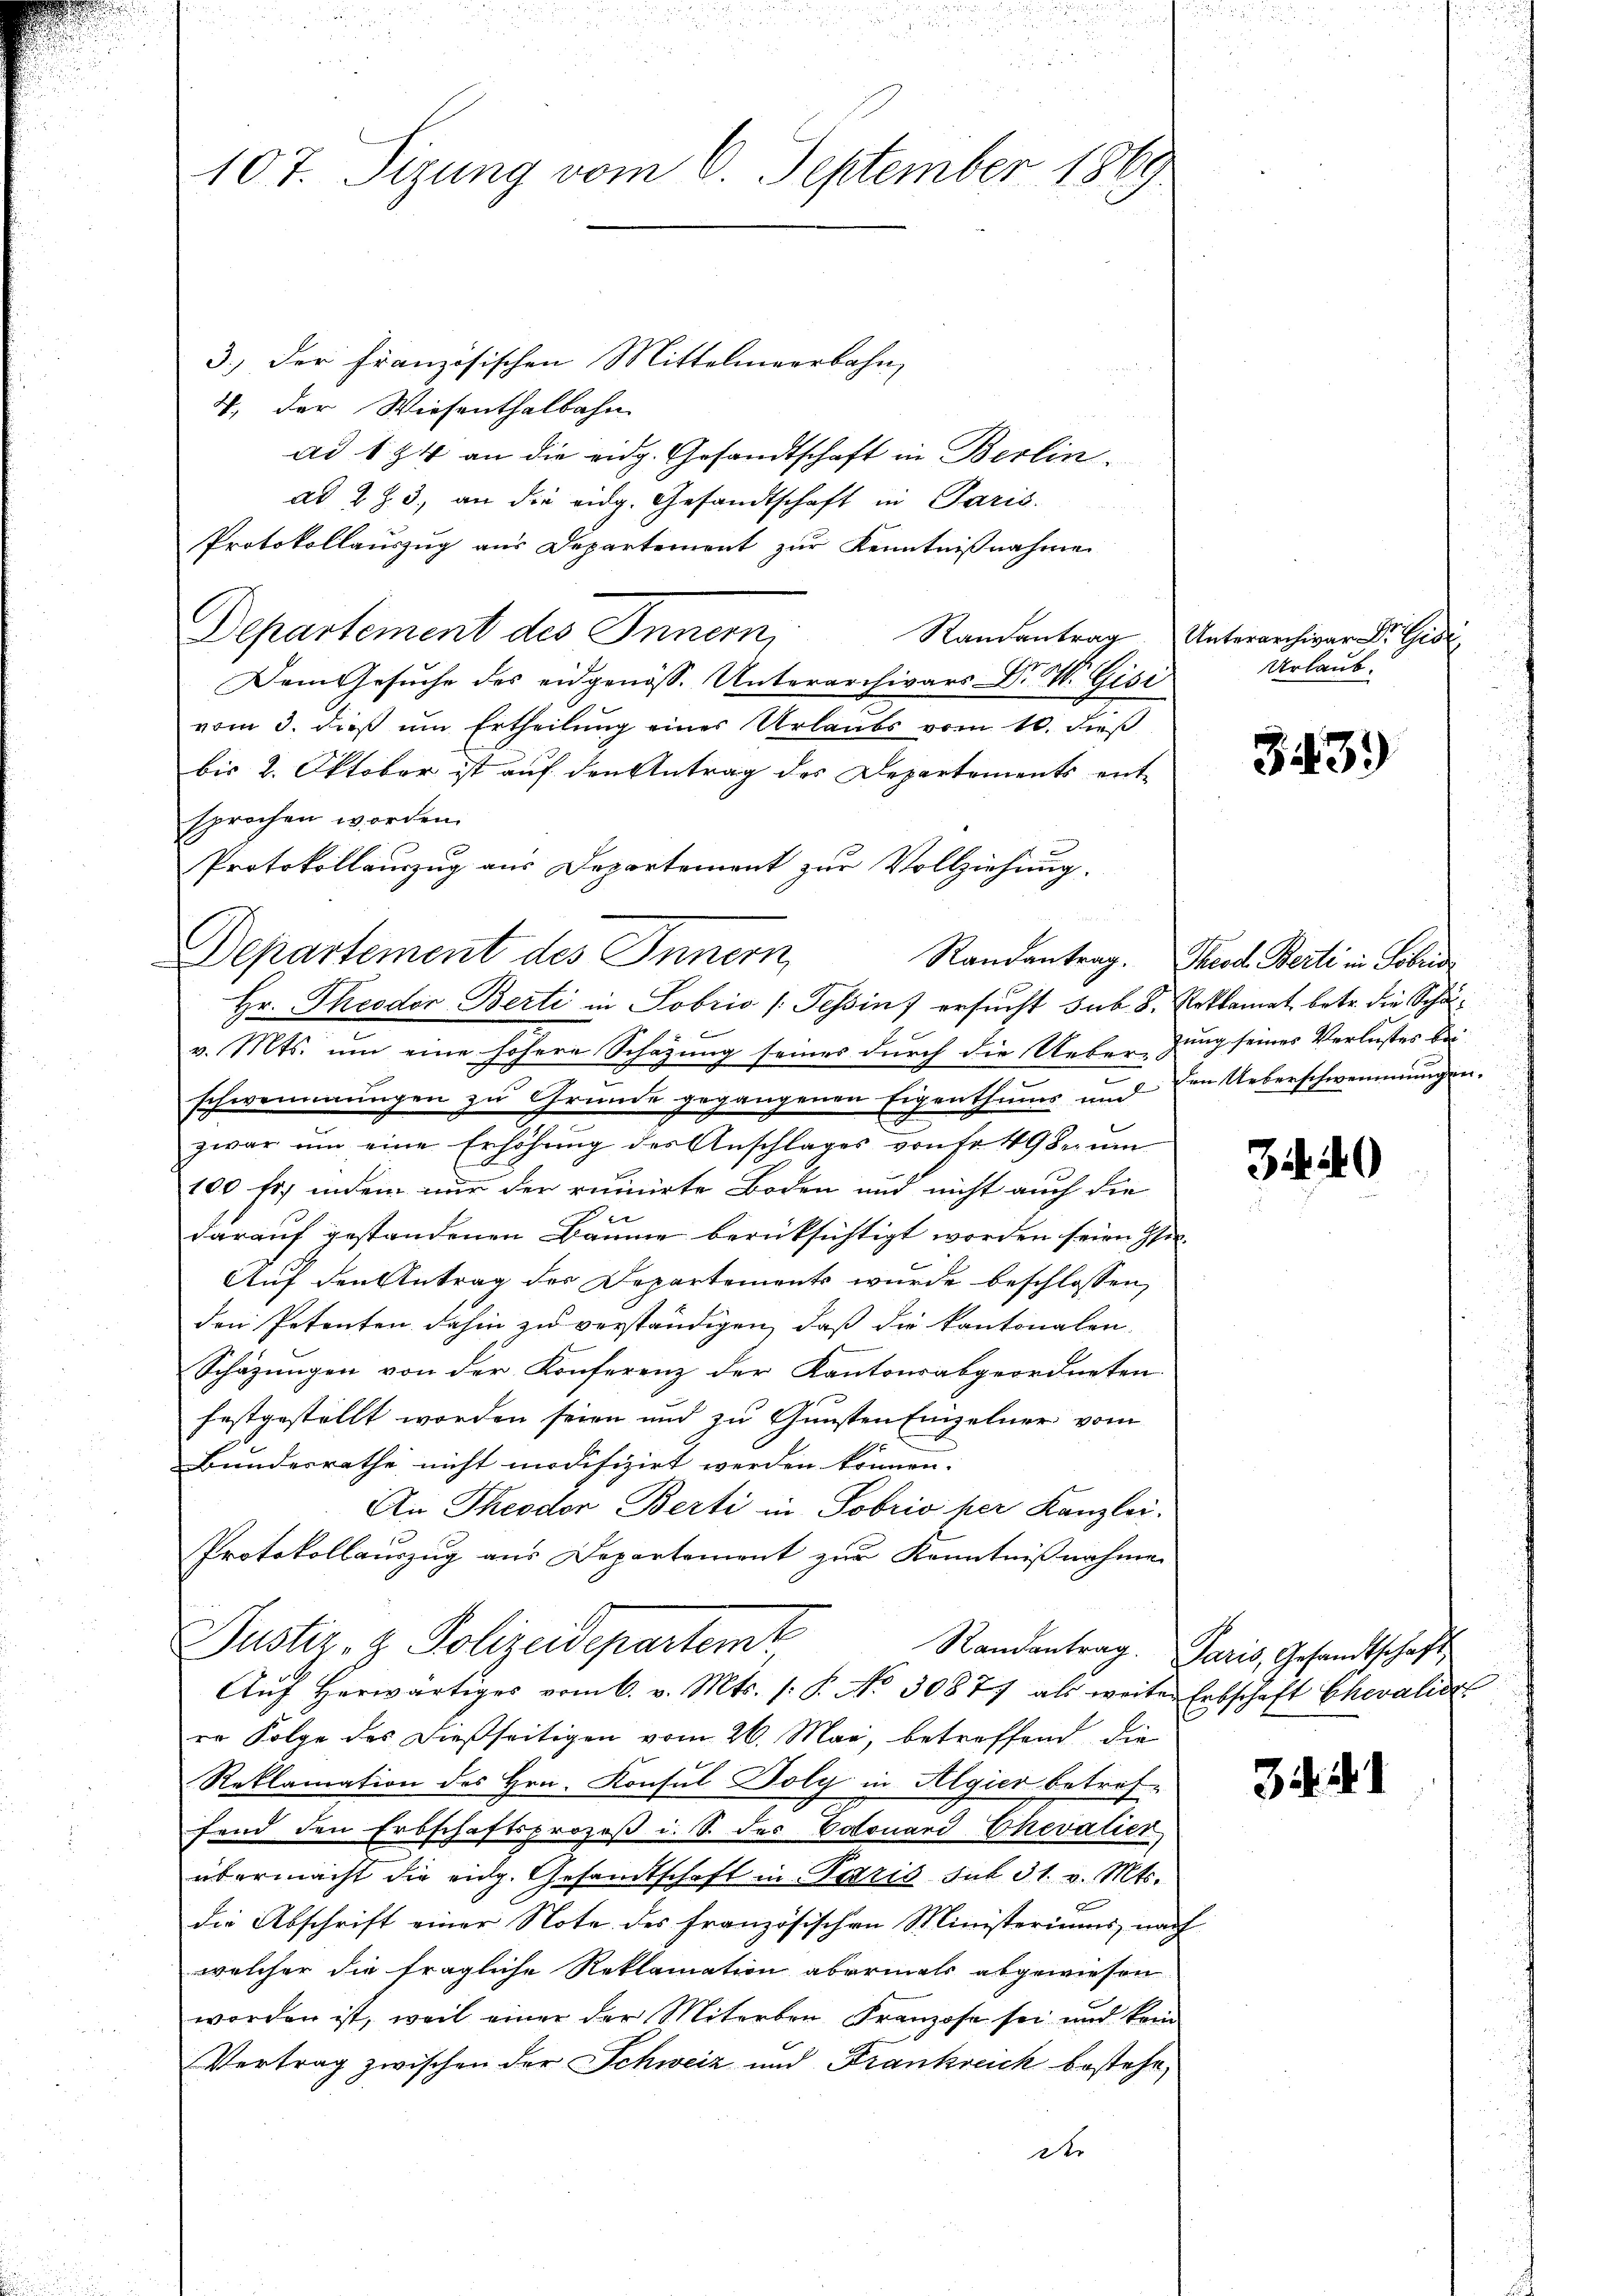
10t. Sizung vom 6. September 1869

3.) Der Französischen Mittelmeerbahn,
4. der Wiesenthalbahn
ad 1 34 an die eidg. Gesandtschaft in Berlinad 2 Z. 3, an die eidg. Gesandtschaft in Paris.
Protokollauszug aus Departement zur Kenntnißnahme
Departement des Innern,
Dem Gesuche des eidgenöss. Unterarchivars Dr. W. Gisi
vom 3. dieß um Ertheilung eines Urlaubs vom 10. dieß
bis 2. Oktober ist auf den Antrag des Departements ent-
sprochen worden.
Protokollauszug aus Departement zur Vollziehung.
Departement des Innern,
Hr. Theodor Berti in Sobris (Tessin ersucht sub. 8. Reklamat, betr. die Schäv. Mts. um eine höhere Schazung seines durch die Ueberzung seines Verlustes bei
schwemmungen zu Grunde gegangenen Eigenthums und Ein Ueberschwemmungen.
zwar ŭm eine Erhöhŭng des Anschlages von Fr. 49 Baŭm
100 fr., indem nur der ruinirte Boden und nicht auch die
darauf gestandenen Baume berücksichtigt worden seien hi
Auf den Antrag der Departements wurde beschlossen,
den Petenten dahin zu verständigen, daß die kantonalen.
Schäzungen von der Konferenz der Kantonsabgeordneten
festgestellt worden seien und zu Gunsten Einzelner vom
Bundesrathe nicht modifizirt werden können. |
An Theodor Berti in Sobrio per Kanzlei.
Protokollauszug aus Departement zur Kenntnißnahme
Justiz- & Polizeidepartemt
Randantrag. Paris, Gesandtschaft
Aŭf herwärtiges vom 6. v. Mts. (: P. No 30877 als weiten Erbschaft Chevalie
ro Folge des dießseitigen vom 26. May, betreffend die
Reklamation des Hrn. Konsul Boly in Algier betreffend den Erbschaftsprozeß i. S. des Colonard Chevatier,
übermacht die eidg. Gesandtschaft in Petris sub 31. v. Mts.
die Abschrift einer Note des französischen Ministeriums, nach
welcher die fragliche Reklamation abermals abgewiesen
worden ist, weil einer der Miterben Franzose sei und kein
Vertrag zwischen der Schweiz und Krankreich bestehe,
der

Randantrag Unterarchivar Dr. Gisi
Urlaub.

343.)

Randantrag. Theod. Berti in Fabri

3440

3 . .